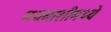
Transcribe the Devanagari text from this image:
मधमाशीमध्ये